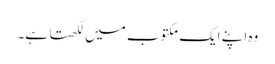
وہ اپنے ایک مکتوب میں لکھتا ہے۔